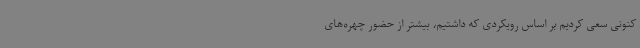
کنونی سعی کردیم بر اساس رویکردی که داشتیم، بیشتر از حضور چهره‌های